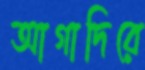
আগাদিরে